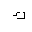
Letter: _kaf